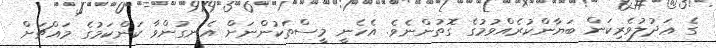
ގެ ޢަދުލުވެރިކަން ބަޔާންކުރެއްވުމުގެ ގޮތުންނެވެ. އެހެނީ މީސްތަކުންނަށް އެނގުންވާ ކަންކަމުގެ މައްޗަށް